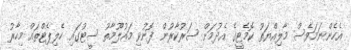
އެހެންނަމަވެސް މާލިއްޔަތު ކޮމެޓީގެ އެދުމަށް ސަރުކާރުން ފޮނުވި މައުލޫމާތު ސީޓުގައި ހެލިޕެޓްތައް މިހާރު